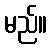
မည်။